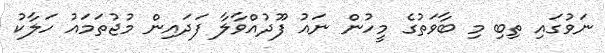
ނަވުގައި ތިބި މި ބާވަތުގެ މީހުން ނައު ފޫދުއްވާލާ ފަދައިން މުޖުތަމައު ހަލާކު